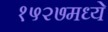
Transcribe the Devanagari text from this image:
१५२७मध्ये